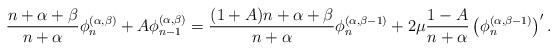
\begin{align*} \frac{n+\alpha+\beta}{n+\alpha}\phi_n^{(\alpha,\beta)}+A \phi_{n-1}^{(\alpha,\beta)} =\frac{(1+A)n+\alpha+\beta}{n+\alpha} \phi_n^{(\alpha,\beta-1)} +2\mu\frac{1-A}{n+\alpha}\left( \phi_n^{(\alpha,\beta-1)}\right)'.\end{align*}